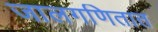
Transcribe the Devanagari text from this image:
जालगणितात